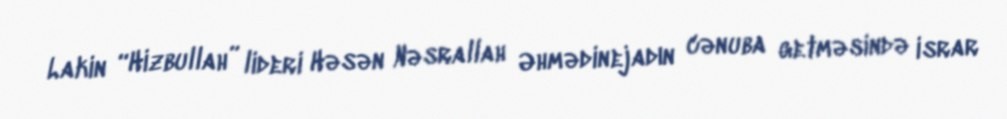
Lakin “Hizbullah” lideri Həsən Nəsrallah Əhmədinejadın cənuba getməsində israr